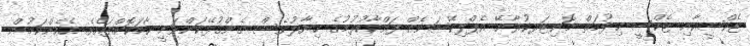
ޓެކްސީއާއި ޓެކްސީ ޚިދުމަތް މޮނިޓަރކުރާނޭ އެޕްލިކޭޝަނެއް ފައްކާކުރުމުގެ ޚިޔާލުވެސް ގެންގުޅޭކަންވަނީ ހާމަކޮށްފައެވެ. އެހެންކަމުން